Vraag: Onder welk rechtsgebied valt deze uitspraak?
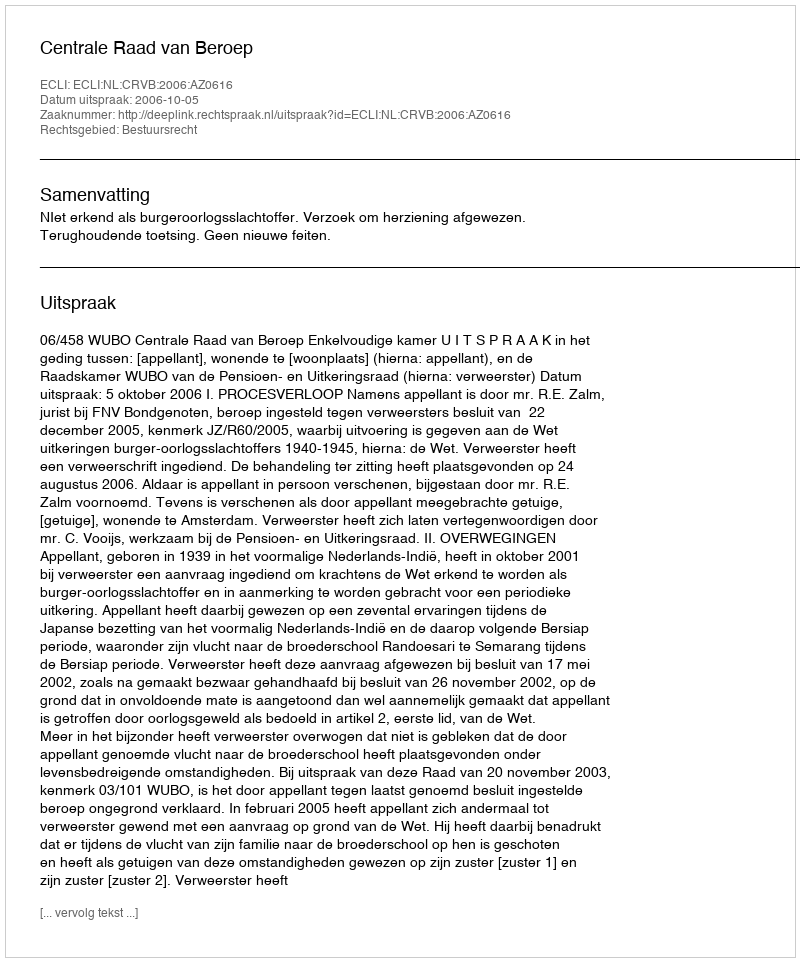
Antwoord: Bestuursrecht